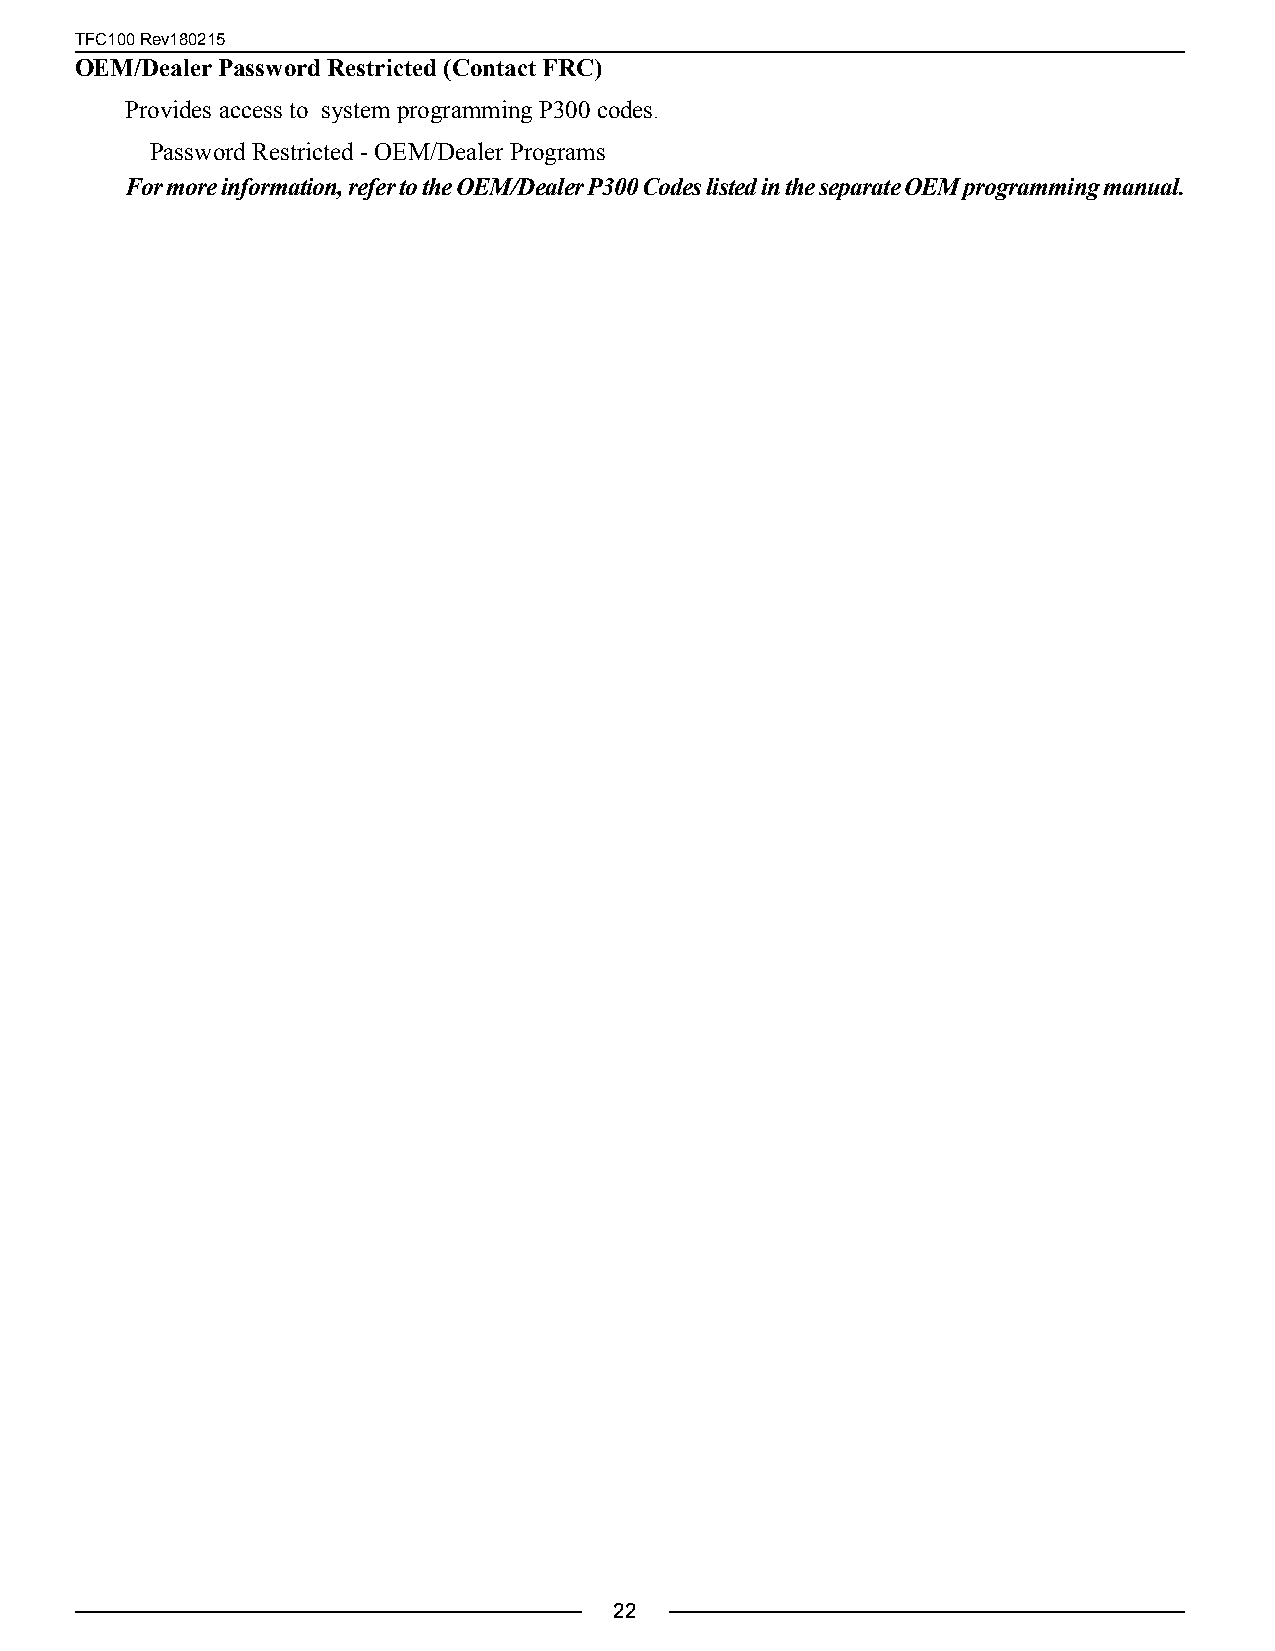
TFC100 Rev180215
 OEM/Dealer Password Restricted (Contact FRC)
 Provides access to system programming P300 codes.
 Password Restricted - OEM/Dealer Programs
 For more information, refer to the OEM/Dealer P300 Codes listed in the separate OEM programming manual.
 22